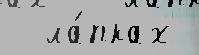
  ла́пках